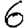
Digit: 6